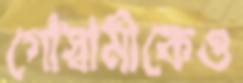
গোস্বামীকেও